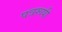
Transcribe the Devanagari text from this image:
पत्ररूपी